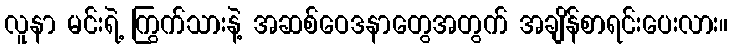
လူနာ မင်းရဲ့ ကြွက်သားနဲ့ အဆစ်ဝေဒနာတွေအတွက် အချိန်စာရင်းပေးလား။